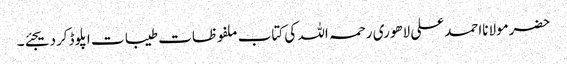
حضرمولانااحمدعلی لاھوری رحمہ اللہ کی کتاب ملفوظات طیبات اپلوڈکردیجئے۔